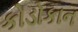
કોડોકાન